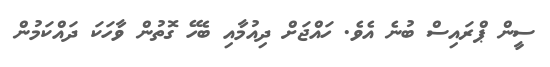
ސީން ޕްރައިސް ބުނެ އެވެ. ހައްޖަށް ދިއުމާއި ބެހޭ ގޮތުން ވާހަކަ ދައްކަމުން